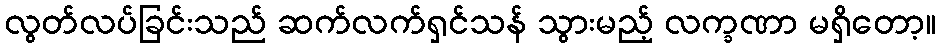
လွတ်လပ်ခြင်းသည် ဆက်လက်ရှင်သန် သွားမည့် လက္ခဏာ မရှိတော့။